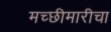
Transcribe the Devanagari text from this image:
मच्छीमारीचा